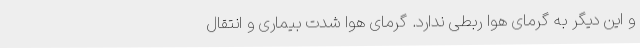
و این دیگر به گرمای‌ هوا ربطی ندارد. گرمای هوا شدت بیماری و انتقال